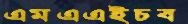
এমএএইচব